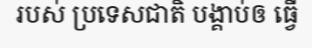
របស់ ប្រទេសជាតិ បង្គាប់ឲ ធ្វើ